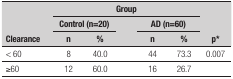
<table><thead><tr><td rowspan="3"><b>Clearance</b></td><td colspan="5"><b>Group</b></td><td rowspan="3"><b>p*</b></td></tr><tr><td colspan="2"><b>Control (n=20)</b></td><td><b> </b></td><td colspan="2"><b>AD (n=60)</b></td></tr><tr><td><b>n</b></td><td><b>%</b></td><td><b> </b></td><td><b>n</b></td><td><b>%</b></td></tr></thead><tbody><tr><td>&lt; 60</td><td>8</td><td>40.0</td><td> </td><td>44</td><td>73.3</td><td>0.007</td></tr><tr><td>≥60</td><td>12</td><td>60.0</td><td> </td><td>16</td><td>26.7</td><td> </td></tr></tbody></table>